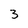
Character: 3